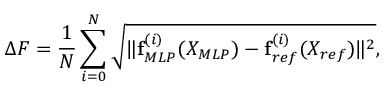
\Delta F = \frac { 1 } { N } \sum _ { i = 0 } ^ { N } \sqrt { \| \mathbf { f } _ { M L P } ^ { ( i ) } ( X _ { M L P } ) - \mathbf { f } _ { r e f } ^ { ( i ) } ( X _ { r e f } ) \| ^ { 2 } } ,